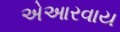
એઆરવાય